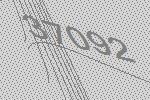
37092